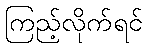
ကြည့်လိုက်ရင်